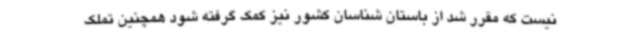
نیست که مقرر شد از باستان شناسان کشور نیز کمک گرفته شود همچنین تملک